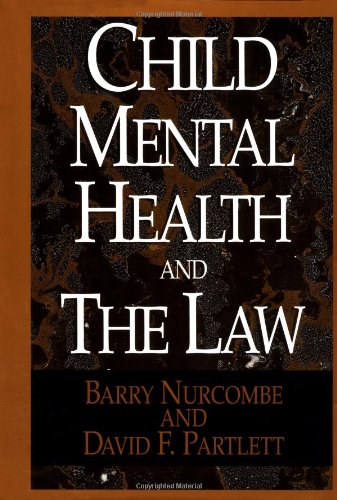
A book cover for Child Mental Health and the Law; Barry Nurcombe; Law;